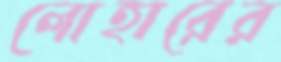
লোহারের